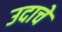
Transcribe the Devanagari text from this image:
उदाचे